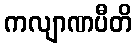
ကလျာဏပီတိ